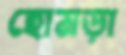
হোমড়া